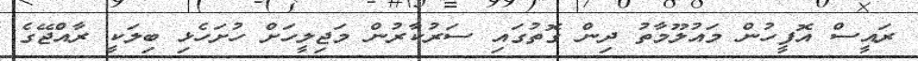
ރައީސް އޮފީހުން މައުލޫމާތު ދިން ގޮތުގައި ސަރުކާރުން މަޖިލީހަށް ހުށަހެޅި ބިލަކީ ރާއްޖޭގެ